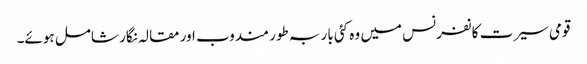
قومی سیرت کانفرنس میں وہ کئی بار بہ طور مندوب اور مقالہ نگار شامل ہوئے۔